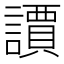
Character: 䜖